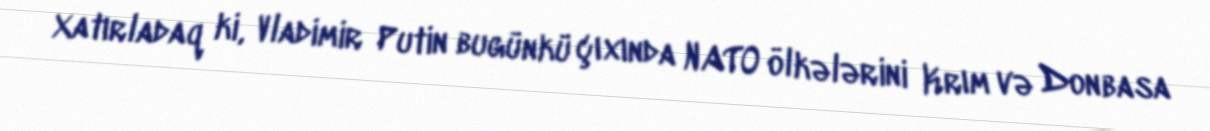
Xatırladaq ki, Vladimir Putin bugünkü çıxında NATO ölkələrini Krım və Donbasa